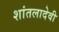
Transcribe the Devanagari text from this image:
शांतलादेवी